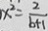
x ^ { 2 } = \frac { 2 } { b + 1 }